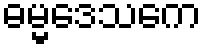
ဓမ္မဒေသကေ